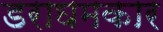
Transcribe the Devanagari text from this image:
डराघमकार